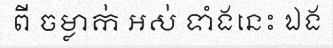
ពី ចម្លាក់ អស់ ទាំងនេះ ឯង